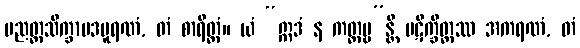
ပညတ္တသိက္ခာပဒပူရဏံ, တံ စာရိတ္တံ။ ယံ “ဣဒံ န ကတ္တဗ္ဗ”န္တိ ပဋိက္ခိတ္တဿ အကရဏံ, တံ